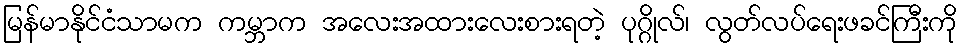
မြန်မာနိုင်ငံသာမက ကမ္ဘာက အလေးအထားလေးစားရတဲ့ ပုဂ္ဂိုလ်၊ လွတ်လပ်ရေးဖခင်ကြီးကို